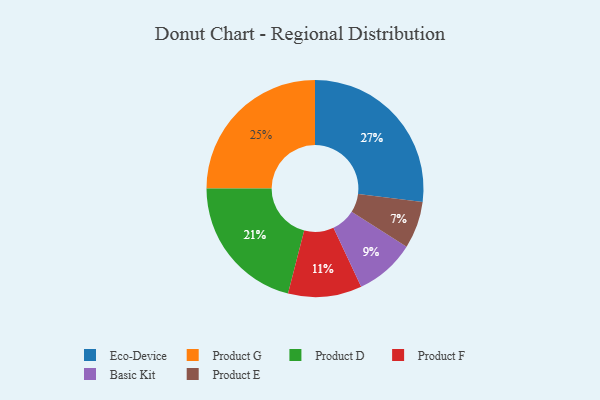
{"axis": {"x": "Category", "y": "Percentage"}, "legend": ["Basic Kit", "Eco-Device", "Product D", "Product E", "Product F", "Product G"], "data": [{"x": "Basic Kit", "y": 9, "type": "Basic Kit"}, {"x": "Product G", "y": 25, "type": "Product G"}, {"x": "Product E", "y": 7, "type": "Product E"}, {"x": "Eco-Device", "y": 27, "type": "Eco-Device"}, {"x": "Product D", "y": 21, "type": "Product D"}, {"x": "Product F", "y": 11, "type": "Product F"}]}